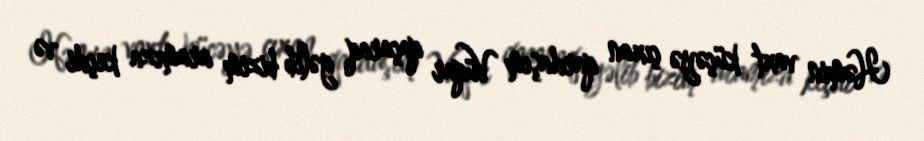
Həmin vaxt küçəyə çıxan qardaşım Vüqar qaçaraq gəlib bizim aramıza keçdi və